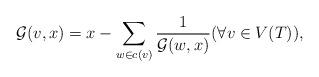
LaTeX: \begin{align*} \mathcal{G}(v, x) &= x - \sum_{w \in c(v)} \dfrac{1}{\mathcal{G}(w, x)} (\forall v \in V(T)) , \end{align*}